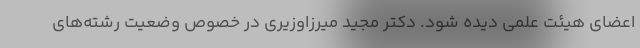
اعضای هیئت علمی دیده شود. دکتر مجید میرزاوزیری در خصوص وضعیت رشته‌های